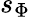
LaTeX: s_{\Phi}